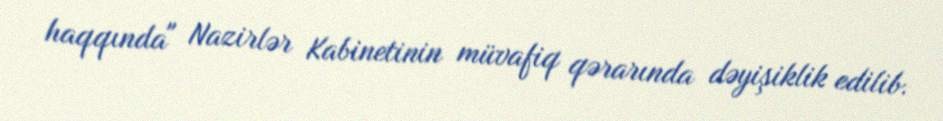
haqqında" Nazirlər Kabinetinin müvafiq qərarında dəyişiklik edilib.